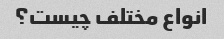
انواع مختلف چیست؟